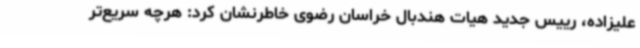
علیزاده، رییس جدید هیات هندبال خراسان رضوی خاطرنشان کرد: هرچه سریع‌تر